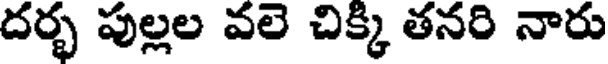
దర్భ పుల్లల వలె చిక్కి తనరి నారు